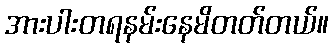
အားပါးတရနမ်းနေမိတတ်တယ်။